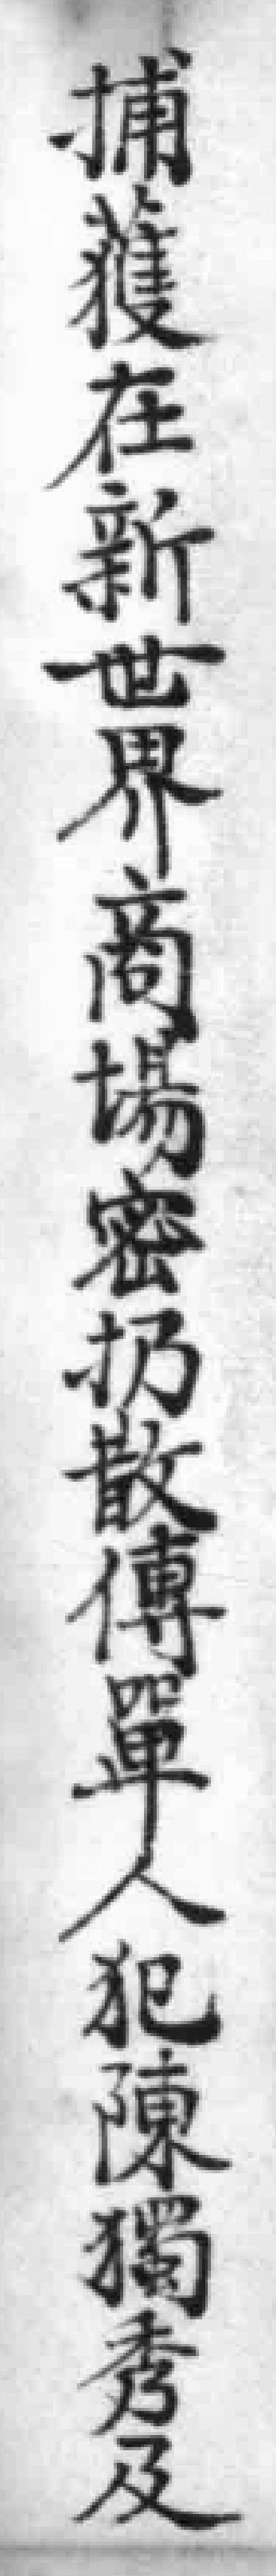
捕獲在新世界商場密扔散傳單人犯陳獨秀及